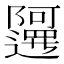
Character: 𲉤